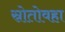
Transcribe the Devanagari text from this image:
स्रोतोवहा